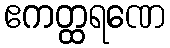
ဧကတ္ထရဏေ